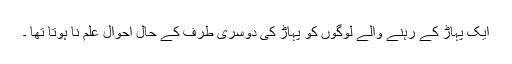
ایک پہاڑ کے رہنے والے لوگوں کو پہاڑ کی دوسری طرف کے حال احوال علم نا ہوتا تھا ۔